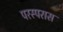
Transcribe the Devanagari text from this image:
परस्परास